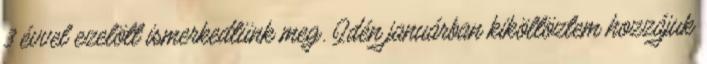
3 évvel ezelött ismerkedtünk meg. Idén januárban kiköltöztem hozzájuk